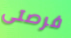
فرصتى